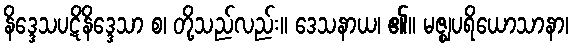
နိဒ္ဒေသပဋိနိဒ္ဒေသာ စ၊ တို့သည်လည်း။ ဒေသနာယ၊ ၏။ မဇ္ဈပရိယောသာနာ၊